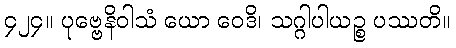
၄၂၄။ ပုဗ္ဗေနိဝါသံ ယော ဝေဒိ၊ သဂ္ဂါပါယဉ္စ ပဿတိ။